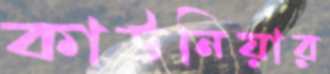
কাউনিয়ার